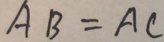
A B = A C